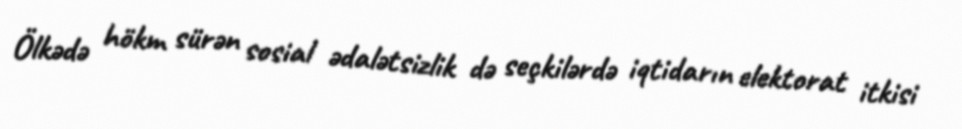
Ölkədə hökm sürən sosial ədalətsizlik də seçkilərdə iqtidarın elektorat itkisi